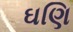
ઘણિ